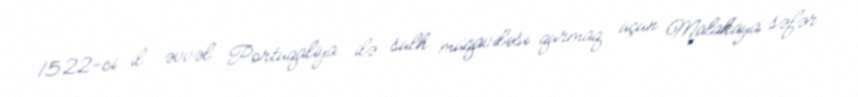
1522-ci il əvvəl Portuqaliya ilə sülh müqaviləsi qurmaq üçün Malakaya səfər